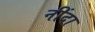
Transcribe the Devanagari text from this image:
नींदा